Malaria in the Punjab - Number 46
Disease focus: Malaria
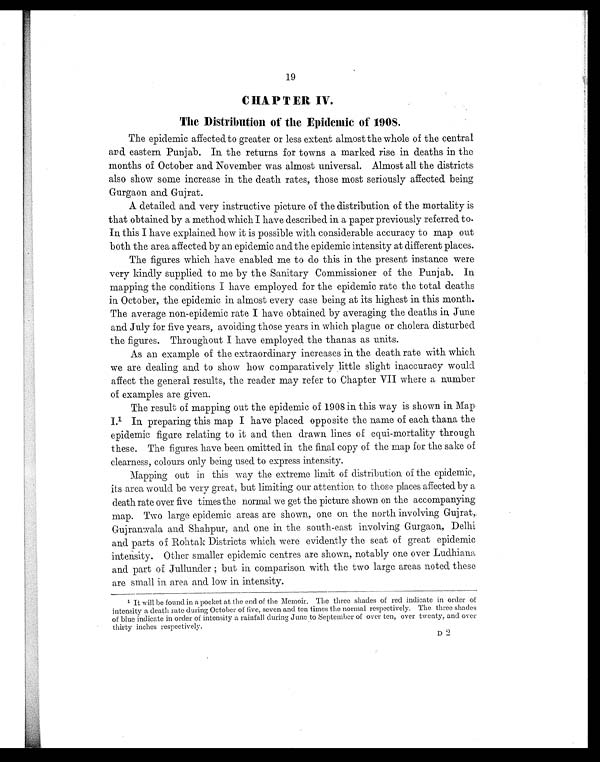
19
CHAPTER IV.
The Distribution of the Epidemic of 1908.
The epidemic affected to greater or less extent almost the whole of the central
and eastern Punjab. In the returns for towns a marked rise in deaths in the
months of October and November was almost universal. Almost all the districts
also show some increase in the death rates, those most seriously affected being
Gurgaon and Gujrat.
A detailed and very instructive picture of the distribution of the mortality is
that obtained by a method which I have described in a paper previously referred to.
In this I have explained how it is possible with considerable accuracy to map out
both the area affected by an epidemic and the epidemic intensity at different places.
The figures which have enabled me to do this in the present instance were
very kindly supplied to me by the Sanitary Commissioner of the Punjab. In
mapping the conditions I have employed for the epidemic rate the total deaths
in October, the epidemic in almost every case being at its highest in this month.
The average non-epidemic rate I have obtained by averaging the deaths in June
and July for five years, avoiding those years in which plague or cholera disturbed
the figures. Throughout I have employed the thanas as units.
As an example of the extraordinary increases in the death rate with which
we are dealing and to show how comparatively little slight inaccuracy would
affect the general results, the reader may refer to Chapter VII where a number
of examples are given.
The result of mapping out the epidemic of 1908 in this way is shown in Map
I.1 In preparing this map I have placed opposite the name of each thana the
epidemic figure relating to it and then drawn lines of equi-mortality through
these. The figures have been omitted in the final copy of the map for the sake of
clearness, colours only being used to express intensity.
Mapping out in this way the extreme limit of distribution of the epidemic,
its area would be very great, but limiting our attention to those places affected by a
death rate over five times the normal we get the picture shown on the accompanying
map. Two large epidemic areas are shown, one on the north involving Gujrat,
Gujranwala and Shahpur, and one in the south-east involving Gurgaon, Delhi
and parts of Rohtak Districts which were evidently the seat of great epidemic
intensity. Other smaller epidemic centres are shown, notably one over Ludhiana
and part of Jullunder ; but in comparison with the two large areas noted these
are small in area and low in intensity.
1 It will be found in a pocket at the end of the Memoir. The three shades of red indicate in order of
intensity a death rate during October of five, seven and ten times the normal respectively. The three shades
of blue indicate in order of intensity a rainfall during June to September of over ten, over twenty, and over
thirty inches respectively.
D2